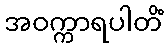
အဝက္ကာရပါတိံ